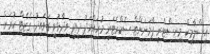
އިސްލާމިކް މިނިސްޓްރީ ޕާމަނަންޓް ސެކްރެޓަރީ މުހައްމަދު ދީދީ ވިދާޅުވީ ގަވައިދު ގެޒެޓް ކުރަން